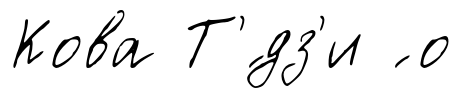
Кова Т'́дз'и ́ о